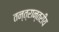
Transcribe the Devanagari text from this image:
तन्त्रान्तरीय